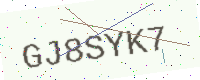
Text: GJ8SYK7